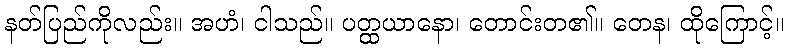
နတ်ပြည်ကိုလည်း။ အဟံ၊ ငါသည်။ ပတ္ထယာနော၊ တောင်းတ၏။ တေန၊ ထိုကြောင့်။